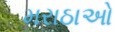
મરાઠાઓ